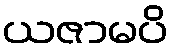
ယဇာမပိ